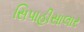
સિપાહીસાલાર